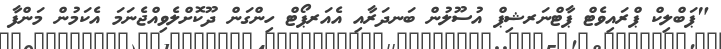
"ޕަބްލިކް ޕްރައިވެޓް ޕާޓްނަރޝިޕް އުސޫލުން ބަނދަރާއި އެއަރޕޯޓް ހިންގަން ދޫކޮށްލެވިއްޖެނަމަ އެކަމުން މަންފާ